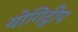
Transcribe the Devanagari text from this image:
योगिद्वीप